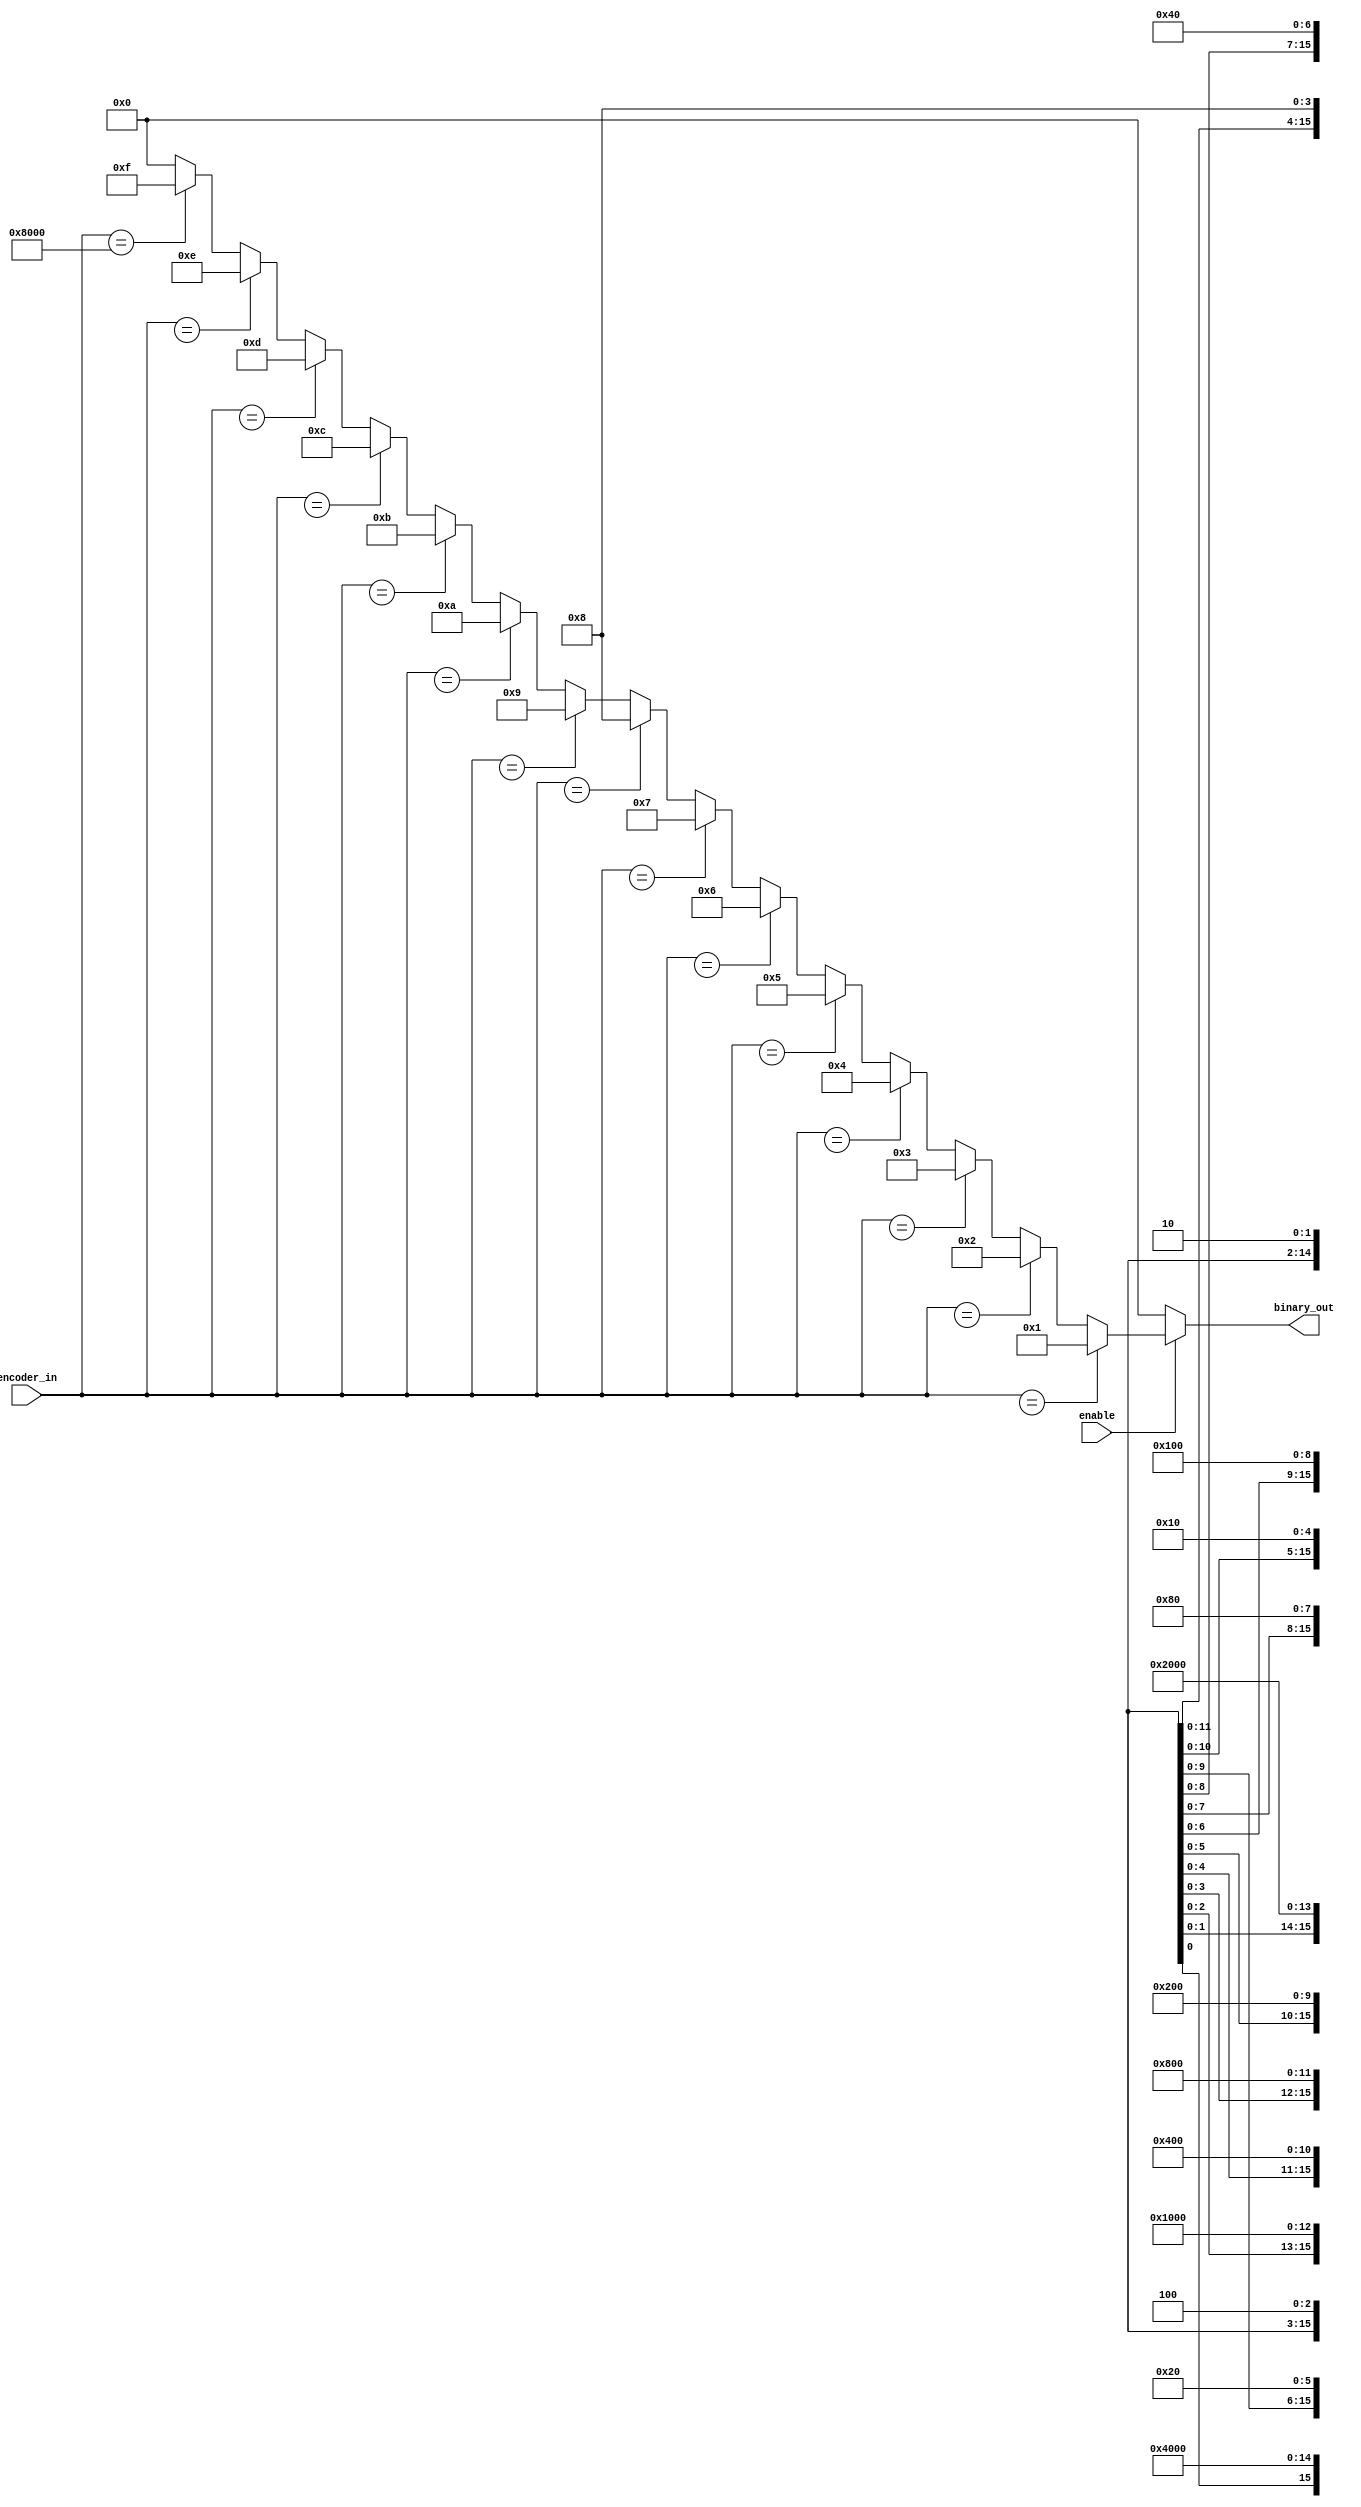
//-----------------------------------------------------
// Design Name : pri_encoder_using_if
// Function    : Pri Encoder using If
// Coder      : Deepak Kumar Tala
//-----------------------------------------------------
module pri_encoder_using_if (
binary_out , //  4 bit binary output
encoder_in , //  16-bit input 
enable       //  Enable for the encoder
);
output [3:0] binary_out ;
input  enable ; 
input [15:0] encoder_in ; 
     
reg [3:0] binary_out ;
      
always @ (enable or encoder_in)
begin
  binary_out = 0;
  if (enable) begin
   if (encoder_in == {{14{1'bx}},1'b1,{1{1'b0}}}) begin
    binary_out = 1; 
   end else if (encoder_in == {{13{1'bx}},1'b1,{2{1'b0}}}) begin 
    binary_out = 2; 
   end else if (encoder_in == {{12{1'bx}},1'b1,{3{1'b0}}}) begin 
    binary_out = 3; 
   end else if (encoder_in == {{11{1'bx}},1'b1,{4{1'b0}}}) begin 
    binary_out = 4; 
   end else if (encoder_in == {{10{1'bx}},1'b1,{5{1'b0}}}) begin 
    binary_out = 5; 
   end else if (encoder_in == {{9{1'bx}},1'b1,{6{1'b0}}}) begin 
    binary_out = 6; 
   end else if (encoder_in == {{8{1'bx}},1'b1,{7{1'b0}}}) begin 
    binary_out = 7; 
   end else if (encoder_in == {{7{1'bx}},1'b1,{8{1'b0}}}) begin 
    binary_out = 8; 
   end else if (encoder_in == {{6{1'bx}},1'b1,{9{1'b0}}}) begin 
    binary_out = 9; 
   end else if (encoder_in == {{5{1'bx}},1'b1,{10{1'b0}}}) begin 
    binary_out = 10; 
   end else if (encoder_in == {{4{1'bx}},1'b1,{11{1'b0}}}) begin 
    binary_out = 11; 
   end else if (encoder_in == {{3{1'bx}},1'b1,{12{1'b0}}}) begin 
    binary_out = 12; 
   end else if (encoder_in == {{2{1'bx}},1'b1,{13{1'b0}}}) begin 
    binary_out = 13; 
   end else if (encoder_in == {{1{1'bx}},1'b1,{14{1'b0}}}) begin 
    binary_out = 14; 
   end else if (encoder_in == {1'b1,{15{1'b0}}}) begin 
    binary_out = 15; 
   end
  end
end

endmodule